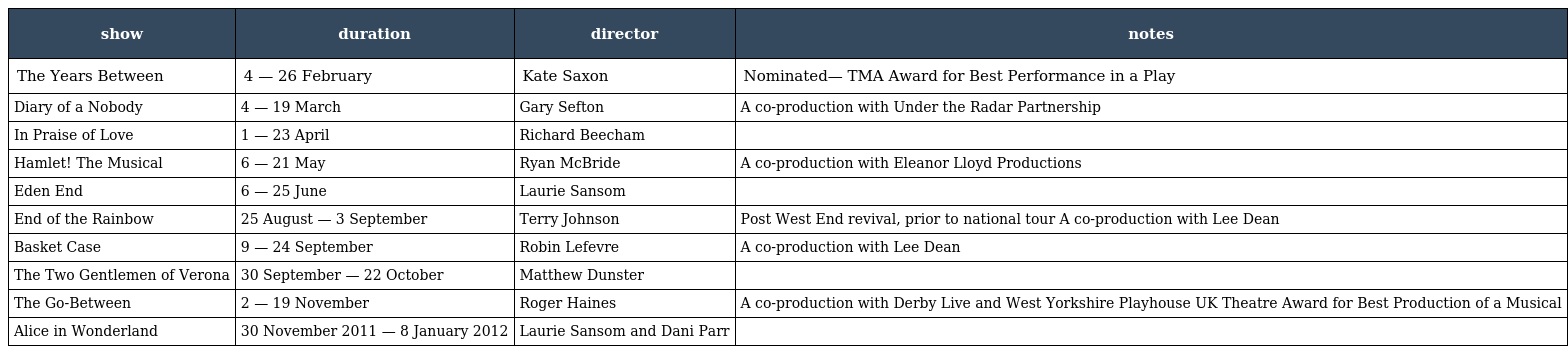
| show | duration | director | notes |
 | --- | --- | --- | --- |
 | The Years Between | 4 — 26 February | Kate Saxon | Nominated— TMA Award for Best Performance in a Play |
 | Diary of a Nobody | 4 — 19 March | Gary Sefton | A co-production with Under the Radar Partnership |
 | In Praise of Love | 1 — 23 April | Richard Beecham |  |
 | Hamlet! The Musical | 6 — 21 May | Ryan McBride | A co-production with Eleanor Lloyd Productions |
 | Eden End | 6 — 25 June | Laurie Sansom |  |
 | End of the Rainbow | 25 August — 3 September | Terry Johnson | Post West End revival, prior to national tour A co-production with Lee Dean |
 | Basket Case | 9 — 24 September | Robin Lefevre | A co-production with Lee Dean |
 | The Two Gentlemen of Verona | 30 September — 22 October | Matthew Dunster |  |
 | The Go-Between | 2 — 19 November | Roger Haines | A co-production with Derby Live and West Yorkshire Playhouse UK Theatre Award for Best Production of a Musical |
 | Alice in Wonderland | 30 November 2011 — 8 January 2012 | Laurie Sansom and Dani Parr |  |